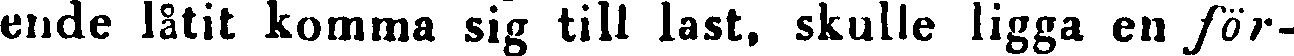
ende låtit komma sig till last, skulle ligga en för-